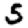
Digit: 5